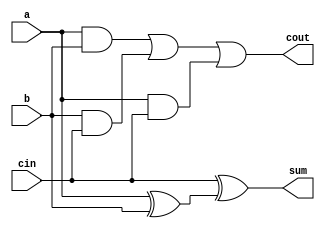
`timescale 1ns / 1ps
//////////////////////////////////////////////////////////////////////////////////
// Company: 
// 
// Design Name: 
// Module Name: full_adder
// Project Name: 
// Target Devices: 
// Tool Versions: 
// Description: Two 1bit input full adder module
// 
// Dependencies: 
// 
// Revision:
// Revision 0.01 - File Created
// Additional Comments:
// 
//////////////////////////////////////////////////////////////////////////////////


module full_adder(
    input a,        // 1bit inpiut a    
    input b,        // 1bit input b
    input cin,      // carry-in signal
    output cout,    // carry_out signal
    output sum      // result of sum
    );
    
   assign sum = cin ^ (a^b);   // equation derived from full adder truth table
   assign cout = a&&b || b&&cin || a&&cin;  // equation derived from full adder truth table
endmodule